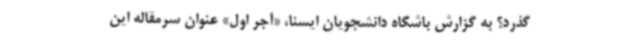
‌گذرد؟ به گزارش باشگاه دانشجویان ایسنا، «آجر اول» عنوان سرمقاله این